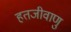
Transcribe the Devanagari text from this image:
हतजीवाणु